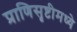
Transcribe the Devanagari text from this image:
प्राणिसृष्टीमध्ये